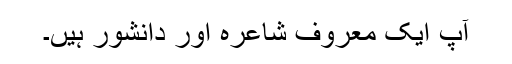
آپ ایک معروف شاعرہ اور دانشور ہیں۔